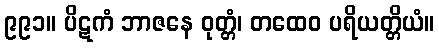
၉၉၁။ ပိဋကံ ဘာဇနေ ဝုတ္တံ၊ တထေဝ ပရိယတ္တိယံ။